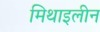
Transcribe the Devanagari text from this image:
मिथाइलीन